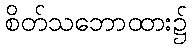
စိတ်သဘောထား၌